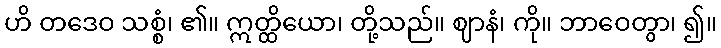
ဟိ တဒေဝ သစ္စံ၊ ၏။ ဣတ္ထိယော၊ တို့သည်။ ဈာနံ၊ ကို။ ဘာဝေတွာ၊ ၍။